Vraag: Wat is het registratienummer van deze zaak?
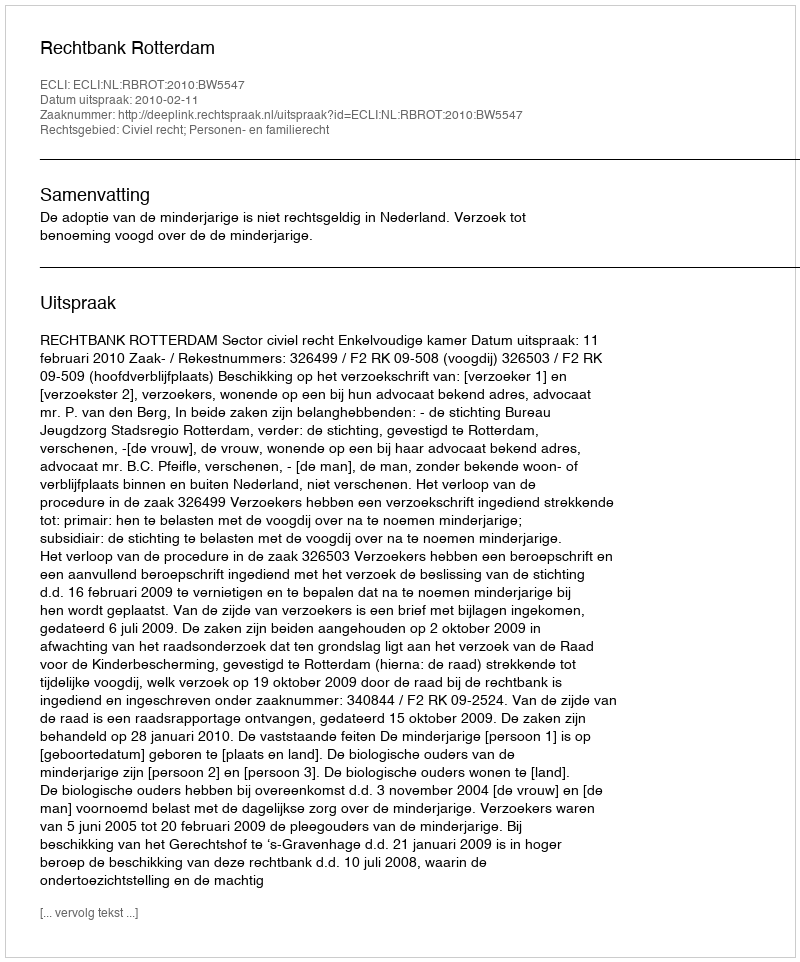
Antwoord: http://deeplink.rechtspraak.nl/uitspraak?id=ECLI:NL:RBROT:2010:BW5547